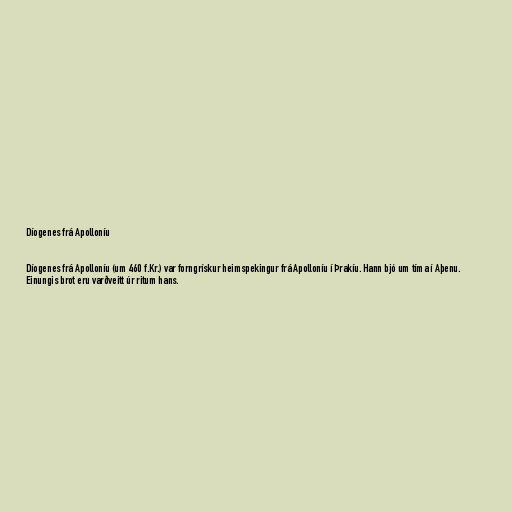
Díogenes frá Apolloníu

Díogenes frá Apolloníu (um 460 f.Kr.) var forngrískur heimspekingur frá Apolloníu í Þrakíu. Hann bjó um tíma í Aþenu.
Einungis brot eru varðveitt úr ritum hans.